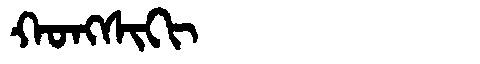
Manchu: ᡴᠣᠩᠰᡳᡴᡳ
Romanization: KONGSIKI